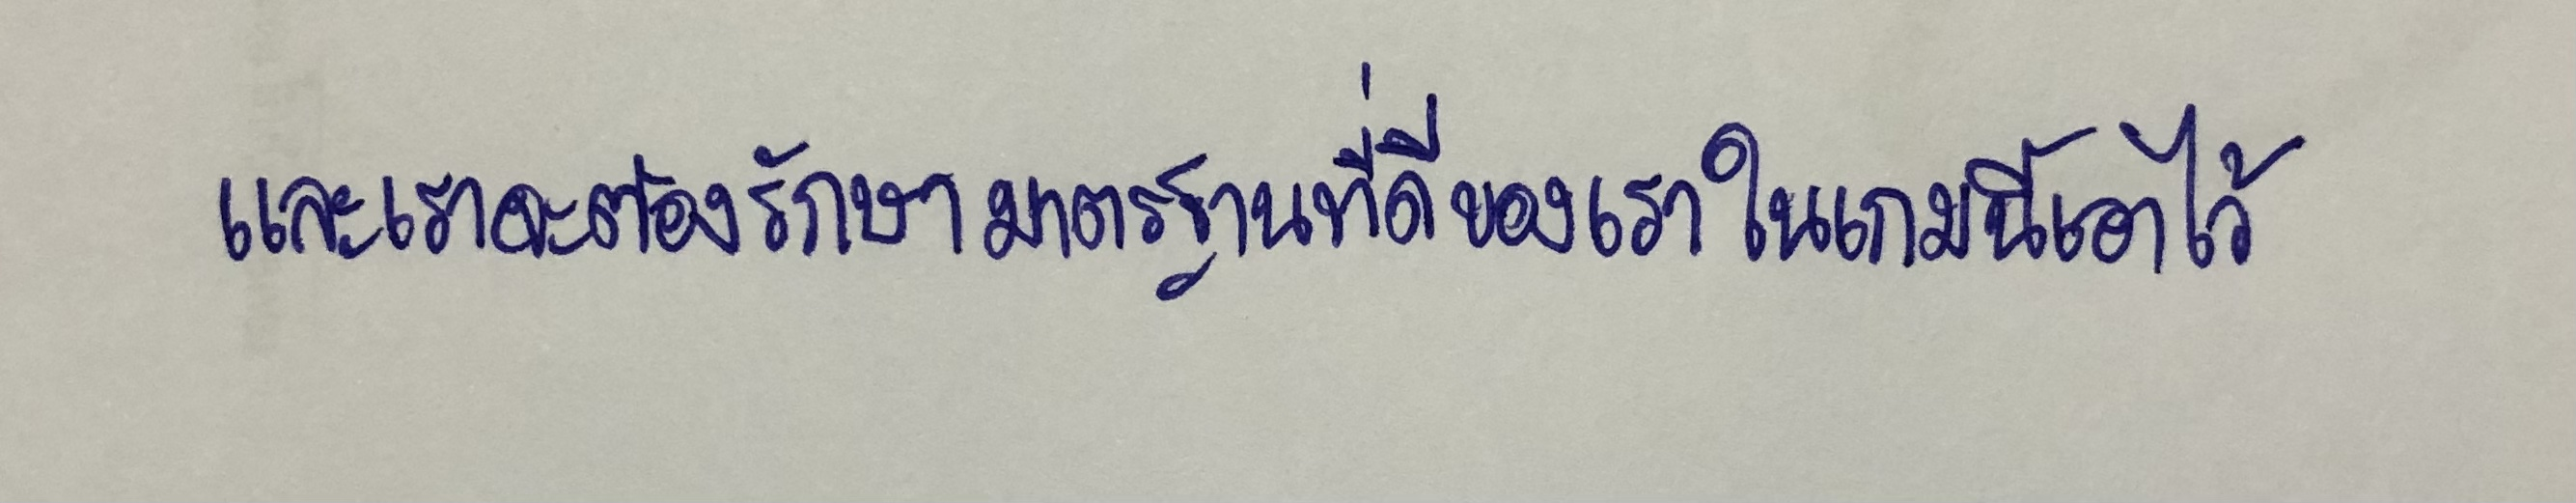
และเราจะต้องรักษามาตรฐานที่ดีของเราในเกมนี้เอาไว้